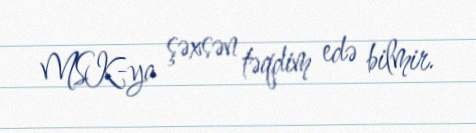
MSK-ya şəxsən təqdim edə bilmir.